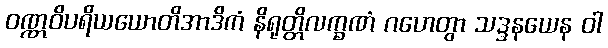
ဝဏ္ဏဝိပရိယယောတိအာဒိကံ နိရုတ္တိလက္ခဏံ ဂဟေတွာ သဒ္ဒနယေန ဝါ